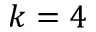
k = 4